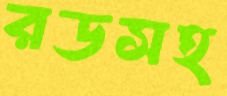
রডসহ